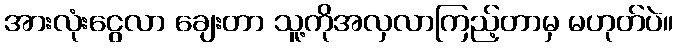
အားလုံးငွေလာ ချေးတာ သူ့ကိုအလှလာကြည့်တာမှ မဟုတ်ပဲ။